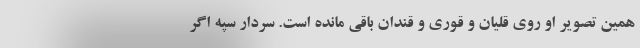
همین تصویر او روی قلیان و قوری و قندان باقی مانده است. سردار سپه اگر